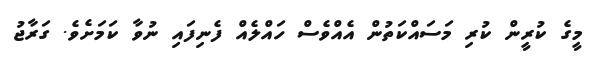
މީގެ ކުރީން ކުރި މަސައްކަތުން އެއްވެސް ހައްލެއް ފެނިފައި ނުވާ ކަމަށެވެ. ގަރާޖު